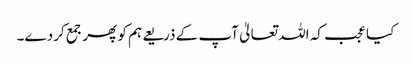
کیا عجب کہ اللہ تعالیٰ آپ کے ذریعے ہم کو پھر جمع کردے۔